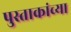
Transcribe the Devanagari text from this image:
पुस्ताकांच्या